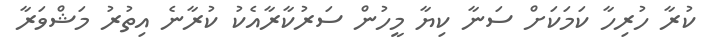
ކުރާ ހުރިހާ ކަމަކަށް ސަނާ ކިޔާ މީހުން ސަރުކާރާއެކު ކުރާނެ އިތުރު މަޝްވަރާ